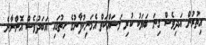
އިތުރުން އަދިވެސް ގިނަ ބަޔަކު ކުރި މަސައްކަތް އެމަނިކުފާނުގެ ހިތުގައި އަބަދުވެސް އޮންނާނެ